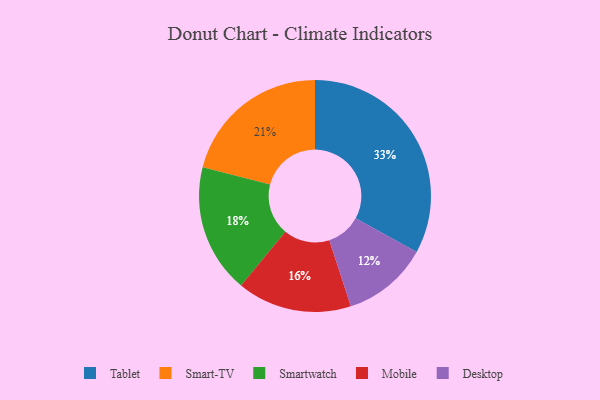
{"axis": {"x": "Category", "y": "Percentage"}, "legend": ["Desktop", "Mobile", "Smart-TV", "Smartwatch", "Tablet"], "data": [{"x": "Smartwatch", "y": 18, "type": "Smartwatch"}, {"x": "Mobile", "y": 16, "type": "Mobile"}, {"x": "Desktop", "y": 12, "type": "Desktop"}, {"x": "Smart-TV", "y": 21, "type": "Smart-TV"}, {"x": "Tablet", "y": 33, "type": "Tablet"}]}